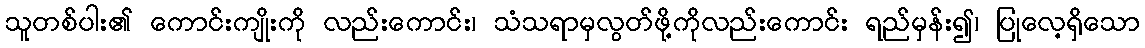
သူတစ်ပါး၏ ကောင်းကျိုးကို လည်းကောင်း၊ သံသရာမှလွတ်ဖို့ကိုလည်းကောင်း ရည်မှန်း၍၊ ပြုလေ့ရှိသော